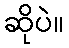
ဆိုပဲ။